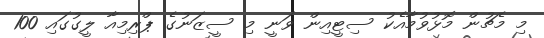
މި މެޗުން މޮޅުވުމާއެކު ސިޓީއިން ވަނީ މި ސީޒަނުގެ ޕްރިމިއާ ލީގުގައި 100